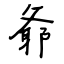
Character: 爺